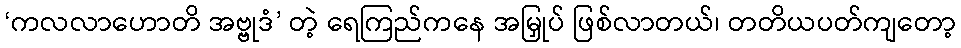
‘ကလလာဟောတိ အဗ္ဗုဒံ’ တဲ့ ရေကြည်ကနေ အမြှုပ် ဖြစ်လာတယ်၊ တတိယပတ်ကျတော့